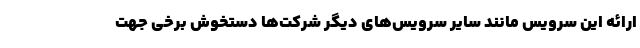
ارائه این سرویس مانند سایر سرویس‌های دیگر شرکت‌ها دستخوش برخی جهت